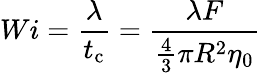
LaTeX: Wi=\frac{\lambda}{t_{\mathrm{c}}}=\frac{\lambda F}{\frac{4}{3}\pi R^{2}\eta_{0}}